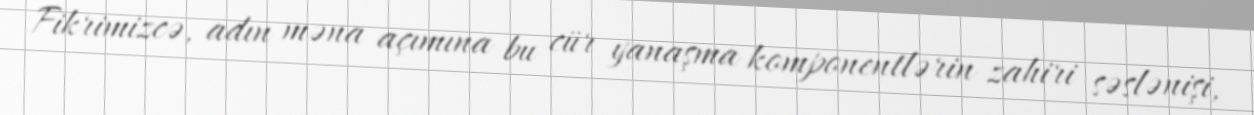
Fikrimizcə, adın məna açımına bu cür yanaşma komponentlərin zahiri səslənişi,